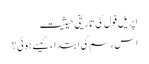
اپریل فول کی تاریخی حیثیت
اس رسم کی ابتداء کیسے ہوئی؟